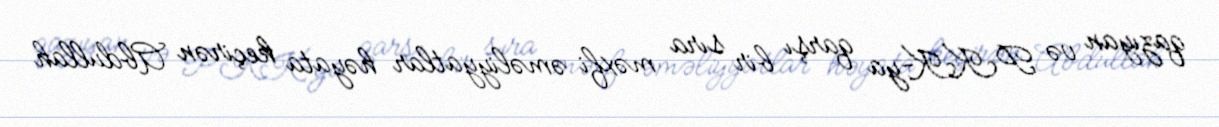
qazıyan və PKK-ya qarşı bir sıra məxfi əməliyyatlar həyata keçirən Abdullah